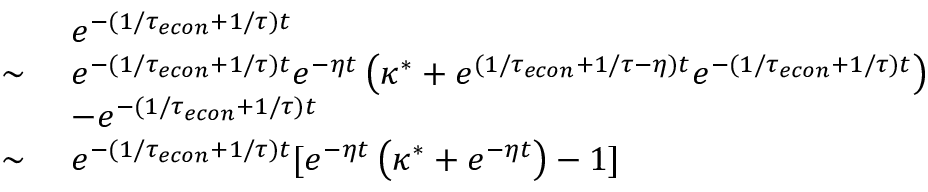
\begin{array} { r l } & { e ^ { - ( 1 / { \tau _ { e c o n } } + 1 / \tau ) t } } \\ { \sim \ } & { e ^ { - ( 1 / { \tau _ { e c o n } } + 1 / \tau ) t } e ^ { - \eta t } \left( \kappa ^ { * } + e ^ { ( 1 / { \tau _ { e c o n } } + 1 / \tau - \eta ) t } e ^ { - ( 1 / { \tau _ { e c o n } } + 1 / \tau ) t } \right) } \\ & { - e ^ { - ( 1 / { \tau _ { e c o n } } + 1 / \tau ) t } } \\ { \sim \ } & { e ^ { - ( 1 / { \tau _ { e c o n } } + 1 / \tau ) t } [ e ^ { - \eta t } \left( \kappa ^ { * } + e ^ { - \eta t } \right) - 1 ] } \end{array}